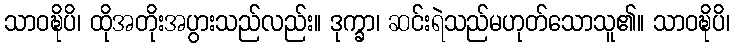
သာဝဍ္ဎိပိ၊ ထိုအတိုးအပွားသည်လည်း။ ဒုက္ခာ၊ ဆင်းရဲသည်မဟုတ်သောသူ၏။ သာဝဍ္ဎိပိ၊